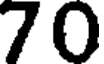
70